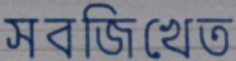
সবজিখেত